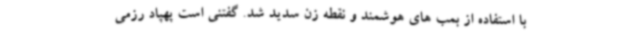
با استفاده از بمب های هوشمند و نقطه زن سدید شد. گفتنی است پهپاد رزمی